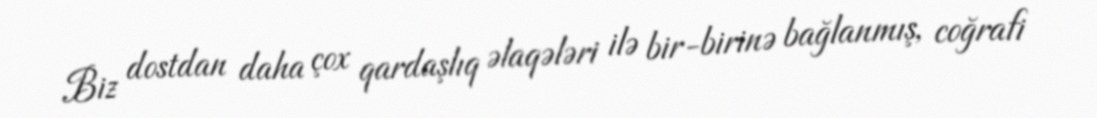
Biz dostdan daha çox qardaşlıq əlaqələri ilə bir-birinə bağlanmış, coğrafi